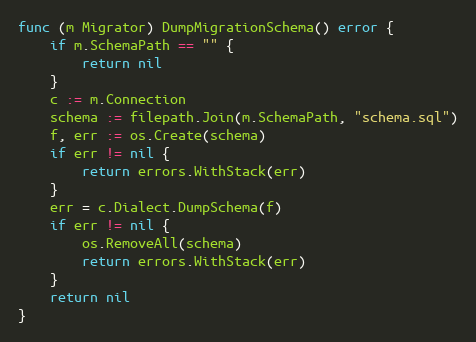
Language: Go
func (m Migrator) DumpMigrationSchema() error {
	if m.SchemaPath == "" {
		return nil
	}
	c := m.Connection
	schema := filepath.Join(m.SchemaPath, "schema.sql")
	f, err := os.Create(schema)
	if err != nil {
		return errors.WithStack(err)
	}
	err = c.Dialect.DumpSchema(f)
	if err != nil {
		os.RemoveAll(schema)
		return errors.WithStack(err)
	}
	return nil
}